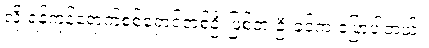
လို့ ရန်ကုန်ရောက်စစ်ရှောင်တစ်ဦးဖြစ်တဲ့ ဦးခင်က ပြောပါတယ်။